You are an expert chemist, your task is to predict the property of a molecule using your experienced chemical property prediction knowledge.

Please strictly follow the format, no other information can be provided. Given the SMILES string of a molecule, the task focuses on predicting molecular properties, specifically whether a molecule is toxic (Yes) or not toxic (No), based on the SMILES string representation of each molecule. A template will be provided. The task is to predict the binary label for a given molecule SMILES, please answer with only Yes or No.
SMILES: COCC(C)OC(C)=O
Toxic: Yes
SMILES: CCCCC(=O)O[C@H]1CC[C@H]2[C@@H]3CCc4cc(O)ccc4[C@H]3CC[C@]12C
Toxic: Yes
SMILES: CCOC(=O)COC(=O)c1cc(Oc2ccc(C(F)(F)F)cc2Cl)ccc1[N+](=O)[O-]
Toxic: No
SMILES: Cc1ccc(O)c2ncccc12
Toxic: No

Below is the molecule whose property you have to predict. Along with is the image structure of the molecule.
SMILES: C[C@@H]1CC=CC=CC=CC=C[C@H](O[C@@H]2O[C@H](C)[C@@H](O)[C@H](N)[C@@H]2O)C[C@@H]2O[C@](O)(C[C@@H](O)C[C@H]3O[C@@H]3C=CC(=O)O1)C[C@H](O)[C@H]2C(=O)O
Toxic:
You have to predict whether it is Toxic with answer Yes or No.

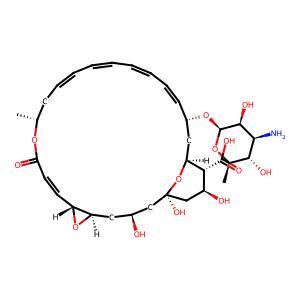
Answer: No